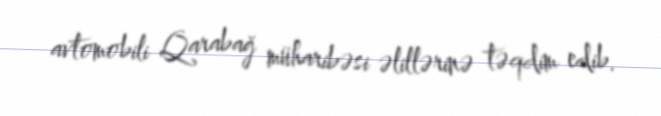
avtomobili Qarabağ müharibəsi əlillərinə təqdim edib.